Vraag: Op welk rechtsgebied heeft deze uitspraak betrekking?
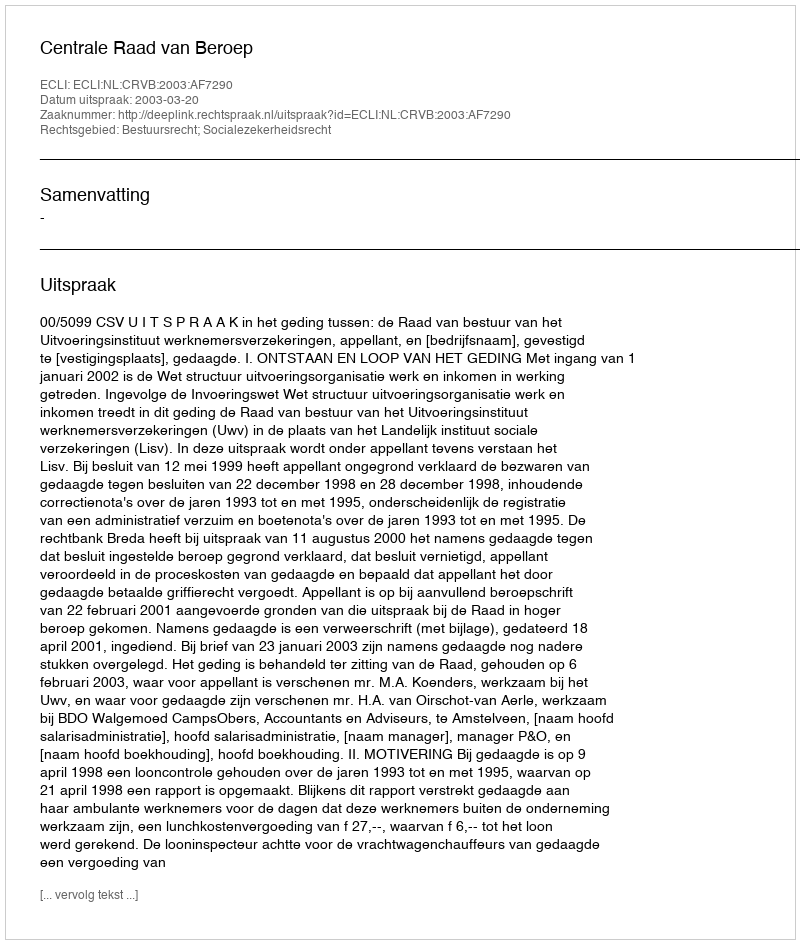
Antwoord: Bestuursrecht; Socialezekerheidsrecht